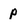
Character: p